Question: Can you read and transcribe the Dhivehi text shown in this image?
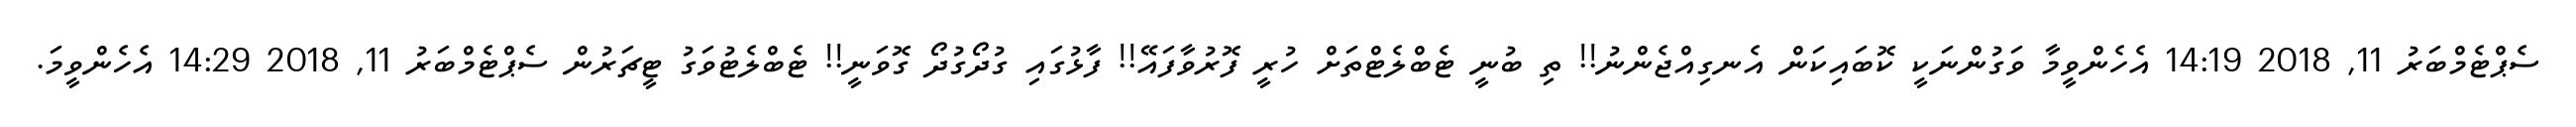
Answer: ސެޕްޓެމްބަރު 11, 2018 14:19 އެހެންވީމާ ވަގުންނަކީ ކޮބައިކަން އެނގިއްޖެންނު!! ތި ބުނީ ޓެބްލެޓްތަށް ހުރީ ފޮރުވާފައޭ!! ފާޅުގައި ގުދޯގުދޯ ގޮވަނީ!! ޓެބްލެޓުވަގު ޓީޗަރުން ސެޕްޓެމްބަރު 11, 2018 14:29 އެހެންވީމަ.